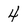
Character: 4